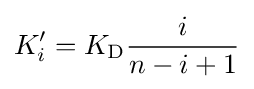
K_{i}'=K_{\mathrm {D} }{\frac {i}{n-i+1}}